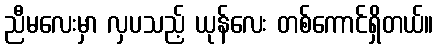
ညီမလေးမှာ လှပသည့် ယုန်လေး တစ်ကောင်ရှိတယ်။